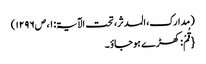
( مدارک، المدثر، تحت الآیۃ: ۱، ص۱۲۹۶)
{قُمْ: کھڑے ہوجاؤ ۔